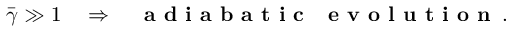
\bar { \gamma } \gg 1 \quad \Rightarrow \quad \mathrm { \textbf { a d i a b a t i c ~ e v o l u t i o n } } \, .